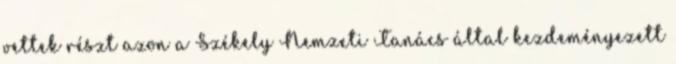
vettek részt azon a Székely Nemzeti Tanács által kezdeményezett